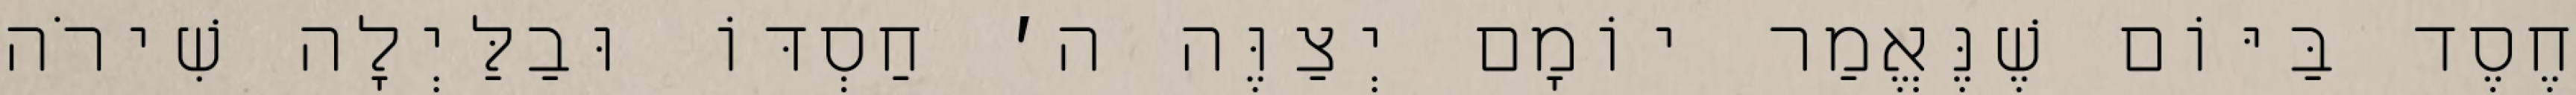
חֶסֶד בַּיּוֹם שֶׁנֶּאֱמַר יוֹמָם יְצַוֶּה ה׳ חַסְדּוֹ וּבַלַּיְלָה שִׁירֹה